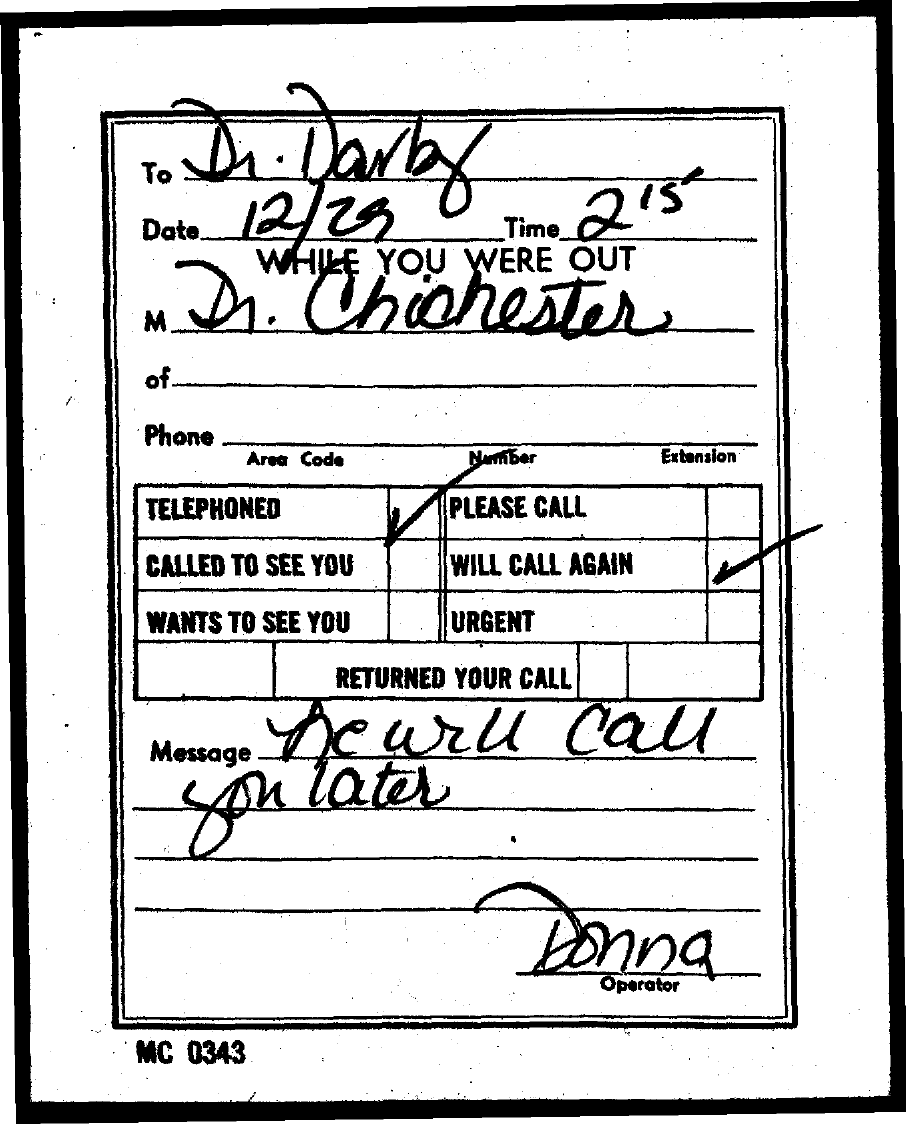
Dr.   Darby
     Date 12/29    Time
     2'5
     WHILE YOU  WERE  OUT
     Dr.   Chichester
     M
     of.
     Phone
     Area Code   Number    Extension
     TELEPHONED    PLEASE CALL
     CALLED TO SEE YOU WILL CALL AGAIN
     WANTS TO SEE YOU URGENT
     RETURNED YOUR CALL
     Message
     ne    will    call
     you    later
     Donna
     Operator
     MC 0343